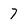
Character: 7